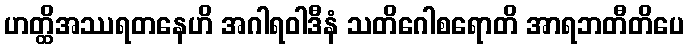
ဟတ္ထိအဿရတနေဟိ အဂါရဝါဒီနံ သတိဂေါစရောတိ အာရဘတီတိပေ